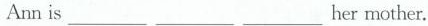
Ann is ___ ___ ___her mother.